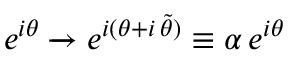
e ^ { i \theta } \xrightarrow { } e ^ { i ( \theta + i \, \tilde { \theta } ) } \equiv \alpha \, e ^ { i \theta }